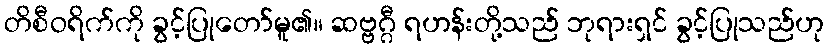
တိစီဝရိက်ကို ခွင့်ပြုတော်မူ၏။ ဆဗ္ဗဂ္ဂီ ရဟန်းတို့သည် ဘုရားရှင် ခွင့်ပြုသည်ဟု